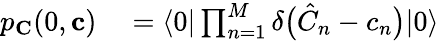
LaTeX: \begin{array}{rl}{p_{\mathbf{C}}(0,\mathbf{c})}&{{}=\langle 0|\prod_{n=1}^{M}\delta\bigl(\hat{C}_{n}-c_{n}\bigr)|0\rangle}\end{array}